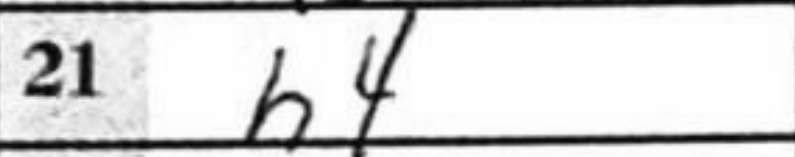
Transcription: h4